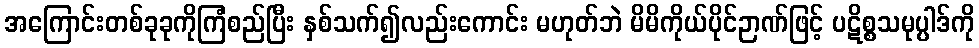
အကြောင်းတစ်ခုခုကိုကြံစည်ပြီး နှစ်သက်၍လည်းကောင်း မဟုတ်ဘဲ မိမိကိုယ်ပိုင်ဉာဏ်ဖြင့် ပဋိစ္စသမုပ္ပါဒ်ကို